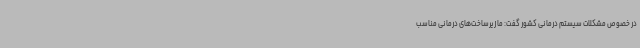
در خصوص مشکلات سیستم درمانی کشور گفت: ما زیرساخت‌های درمانی مناسب